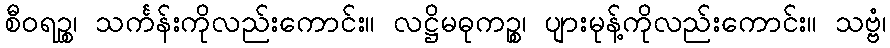
စီဝရဉ္စ၊ သင်္ကန်းကိုလည်းကောင်း။ လဋ္ဌိမဓုကဉ္စ၊ ပျားမုန့်ကိုလည်းကောင်း။ သဗ္ဗံ၊